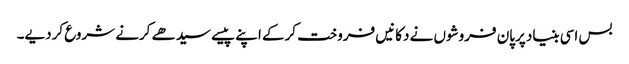
بس اسی بنیاد پرپان فروشوں نے دکانیں فروخت کرکے اپنے پیسے سیدھے کرنے شروع کردیے۔